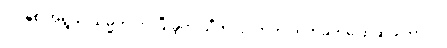
၇၁ နှစ် အရွယ် သမ္မတ ကို ပြီးခဲ့တဲ့ သီတင်းပတ်က တိုက်ခိုက်ပြောဆိုခဲ့ တာပါ။